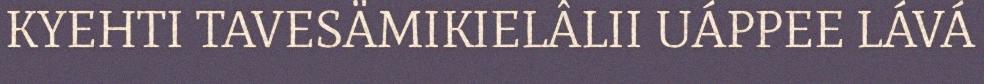
KYEHTI TAVESÄMIKIELÂLII UÁPPEE LÁVÁ